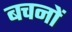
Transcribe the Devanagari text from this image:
बचनों